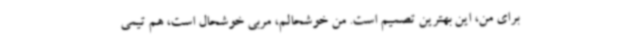
برای من، این بهترین تصمیم است. من خوشحالم، مربی خوشحال است، هم تیمی